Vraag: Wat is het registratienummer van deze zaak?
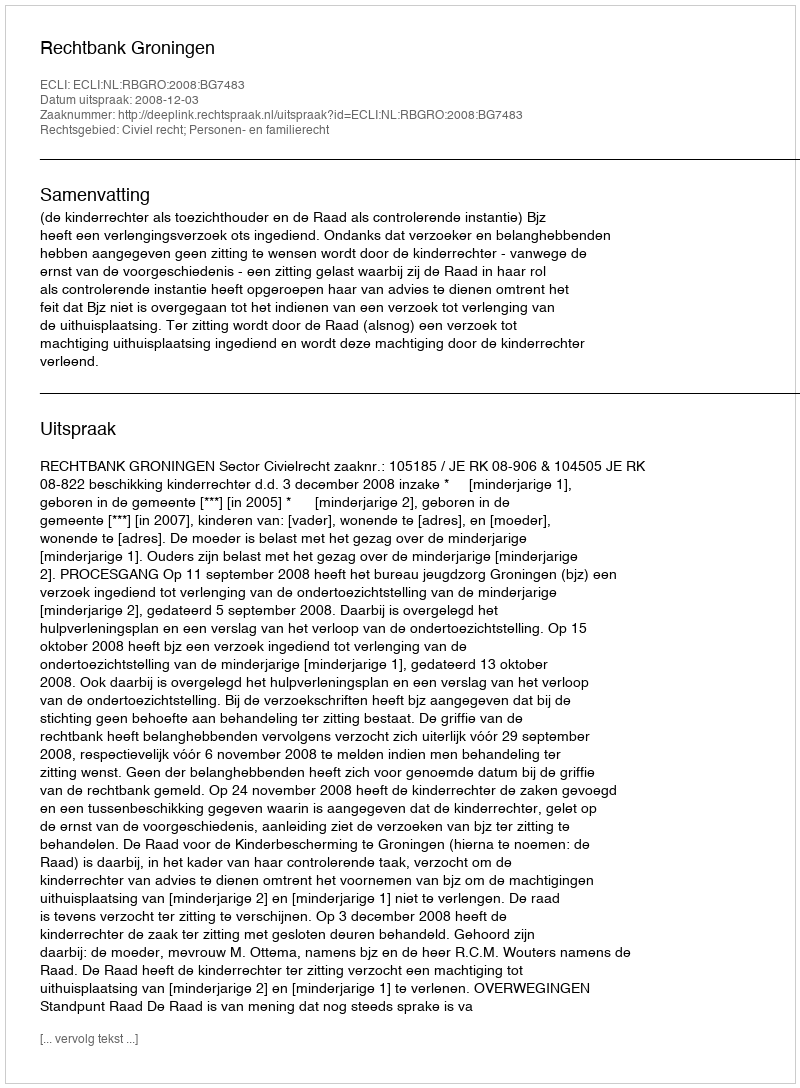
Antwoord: http://deeplink.rechtspraak.nl/uitspraak?id=ECLI:NL:RBGRO:2008:BG7483